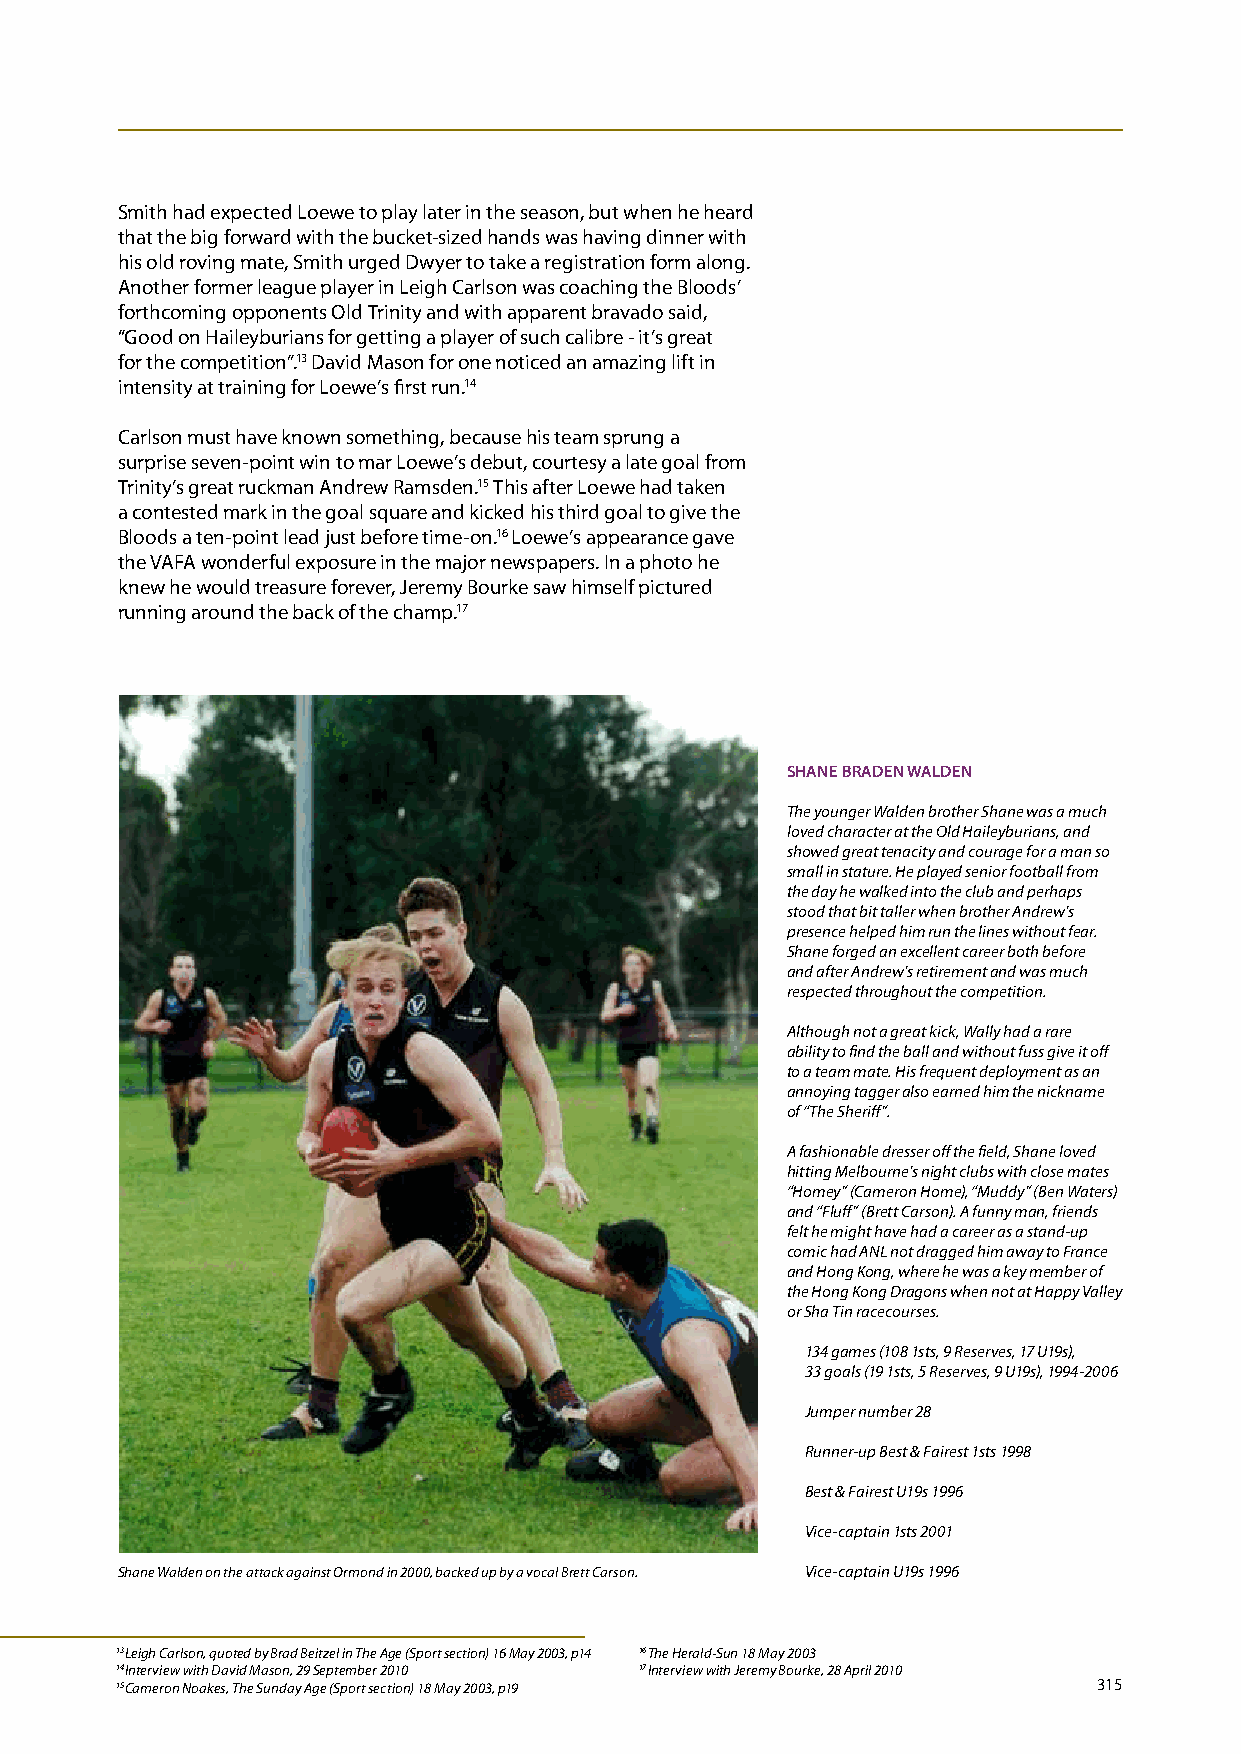
Smith had expected Loewe to play later in the season, but when he heard
 that the big forward with the bucket-sized hands was having dinner with
 his old roving mate, Smith urged Dwyer to take a registration form along.
 Another former league player in Leigh Carlson was coaching the Bloods’
 forthcoming opponents Old Trinity and with apparent bravado said,
 “Good on Haileyburians for getting a player of such calibre - it’s great
 for the competition”.13 David Mason for one noticed an amazing lift in
 intensity at training for Loewe’s first run.14
 Carlson must have known something, because his team sprung a
 surprise seven-point win to mar Loewe’s debut, courtesy a late goal from
 Trinity’s great ruckman Andrew Ramsden.15 This after Loewe had taken
 a contested mark in the goal square and kicked his third goal to give the
 Bloods a ten-point lead just before time-on.16 Loewe’s appearance gave
 the VAFA wonderful exposure in the major newspapers. In a photo he
 knew he would treasure forever, Jeremy Bourke saw himself pictured
 running around the back of the champ.17
 SHANE bRADEN wALDEN
 The younger Walden brother Shane was a much
 loved character at the Old Haileyburians, and
 showed great tenacity and courage for a man so
 small in stature. He played senior football from
 the day he walked into the club and perhaps
 stood that bit taller when brother Andrew’s
 presence helped him run the lines without fear.
 Shane forged an excellent career both before
 and after Andrew’s retirement and was much
 respected throughout the competition.
 Although not a great kick, Wally had a rare
 ability to find the ball and without fuss give it off
 to a team mate. His frequent deployment as an
 annoying tagger also earned him the nickname
 of “The Sheriff”.
 A fashionable dresser off the field, Shane loved
 hitting Melbourne’s night clubs with close mates
 “Homey” (Cameron Home), “Muddy” (Ben Waters)
 and “Fluff” (Brett Carson). A funny man, friends
 felt he might have had a career as a stand-up
 comic had ANL not dragged him away to France
 and Hong Kong, where he was a key member of
 the Hong Kong Dragons when not at Happy Valley
 or Sha Tin racecourses.
 134 games (108 1sts, 9 Reserves, 17 U19s),
 33 goals (19 1sts, 5 Reserves, 9 U19s), 1994-2006
 Jumper number 28
 Runner-up Best & Fairest 1sts 1998
 Best & Fairest U19s 1996
 Vice-captain 1sts 2001
 Shane Walden on the attack against Ormond in 2000, backed up by a vocal Brett Carson. Vice-captain U19s 1996
 13 Leigh Carlson, quoted by Brad Beitzel in The Age (Sport section) 16 May 2003, p14 16 The Herald-Sun 18 May 2003
 14 Interview with David Mason, 29 September 2010 17 Interview with Jeremy Bourke, 28 April 2010
 15 Cameron Noakes, The Sunday Age (Sport section) 18 May 2003, p19 315